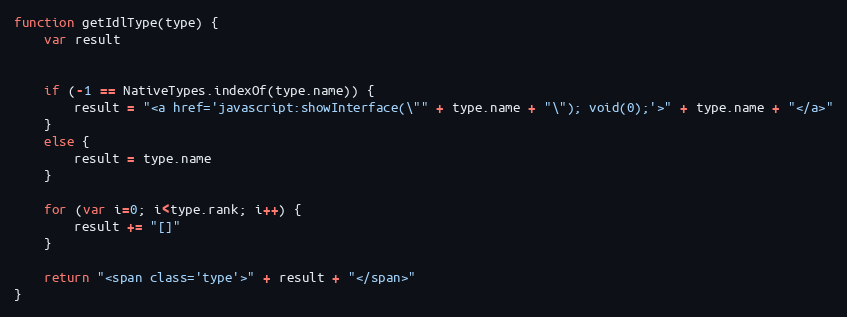
Language: JavaScript
function getIdlType(type) {
    var result

    if (-1 == NativeTypes.indexOf(type.name)) {
        result = "<a href='javascript:showInterface(\"" + type.name + "\"); void(0);'>" + type.name + "</a>"
    }
    else {
        result = type.name
    }

    for (var i=0; i<type.rank; i++) {
        result += "[]"
    }

    return "<span class='type'>" + result + "</span>"
}